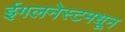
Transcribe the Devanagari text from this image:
ईगलनेस्टमधून